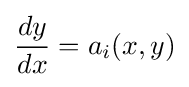
{\frac {dy}{dx}}=a_{i}(x,y)